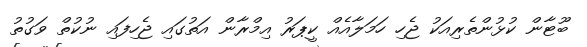
ބޫޓާން ކުޅުންތެރިއަކު ޖެހި ހަމަލާއެއް ކީޕަރު އިމްރާން އަތުގައި ޖެހިފައި ނުކުތް ވަގުތު